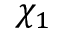
\chi _ { 1 }